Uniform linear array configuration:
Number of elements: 8
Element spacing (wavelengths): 0.25
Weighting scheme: kaiser
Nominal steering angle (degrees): -60
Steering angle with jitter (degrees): -58.183
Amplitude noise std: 0.05
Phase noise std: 0.05

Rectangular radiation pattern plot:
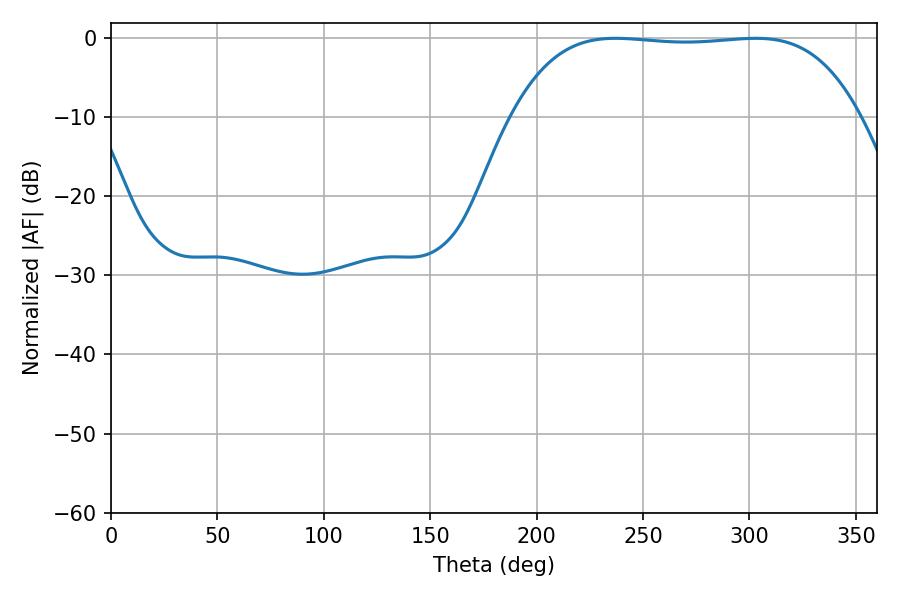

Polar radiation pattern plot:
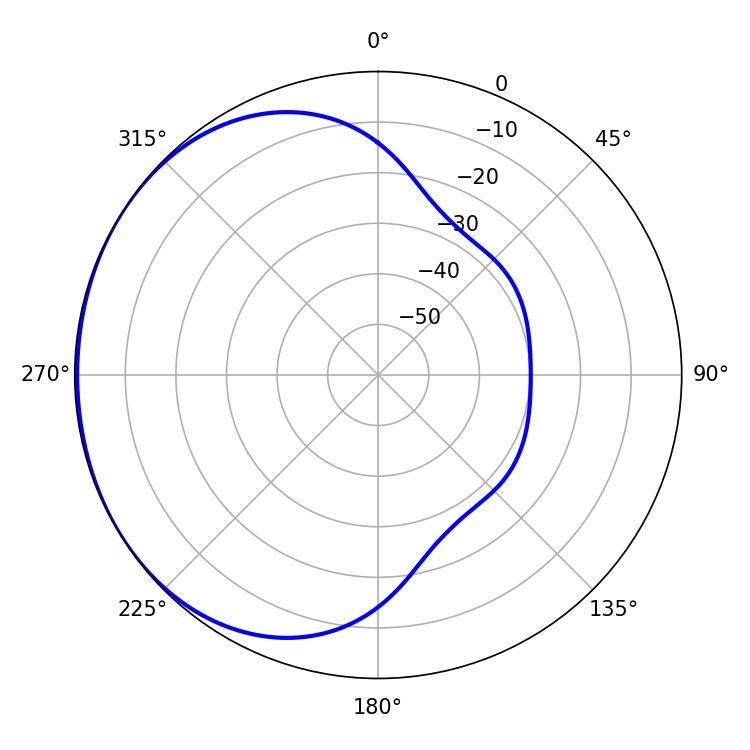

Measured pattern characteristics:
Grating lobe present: FALSE
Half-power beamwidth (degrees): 127.8
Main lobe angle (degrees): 237.06